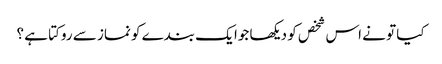
کیا تو نے اس شخص کو دیکھا جوا یک بندے کو نماز سے روکتا ہے ؟